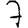
Digit: 7